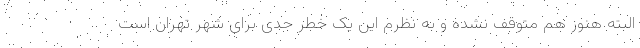
البته هنوز هم متوقف نشده و به نظرم این یک خطر جدی برای شهر تهران است